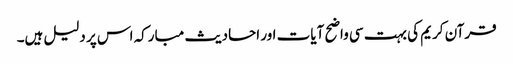
قرآن کریم کی بہت سی واضح آیات اور احادیث مبارکہ اس پر دلیل ہیں۔